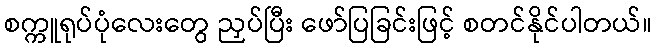
စက္ကူရုပ်ပုံလေးတွေ ညှပ်ပြီး ဖော်ပြခြင်းဖြင့် စတင်နိုင်ပါတယ်။